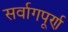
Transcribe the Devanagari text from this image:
सर्वागपूर्ण